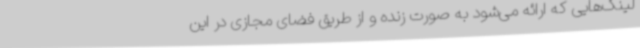
لینک‌هایی که ارائه می‌شود به صورت زنده و از طریق فضای مجازی در این